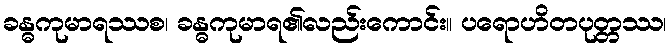
ခန္ဓကုမာရဿစ၊ ခန္ဓကုမာရ၏လည်းကောင်း။ ပရောဟိတပုတ္တဿ၊